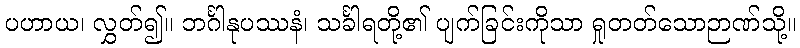
ပဟာယ၊ လွှတ်၍။ ဘင်္ဂါနုပဿနံ၊ သင်္ခါရတို့၏ ပျက်ခြင်းကိုသာ ရှုတတ်သောဉာဏ်သို့။